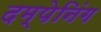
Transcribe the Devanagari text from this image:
दम्पेनिंग